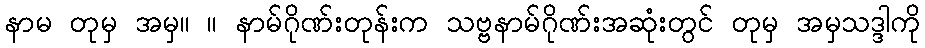
နာမ တုမှ အမှ။ ။ နာမ်ဂိုဏ်းတုန်းက သဗ္ဗနာမ်ဂိုဏ်းအဆုံးတွင် တုမှ အမှသဒ္ဒါကို